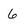
Character: 6